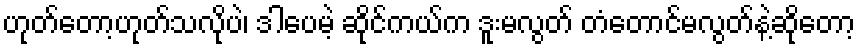
ဟုတ်တော့ဟုတ်သလိုပဲ၊ ဒါပေမဲ့ ဆိုင်ကယ်က ဒူးမလွတ် တံတောင်မလွတ်နဲ့ဆိုတော့